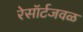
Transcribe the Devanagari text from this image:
रेसॉर्टजवळ